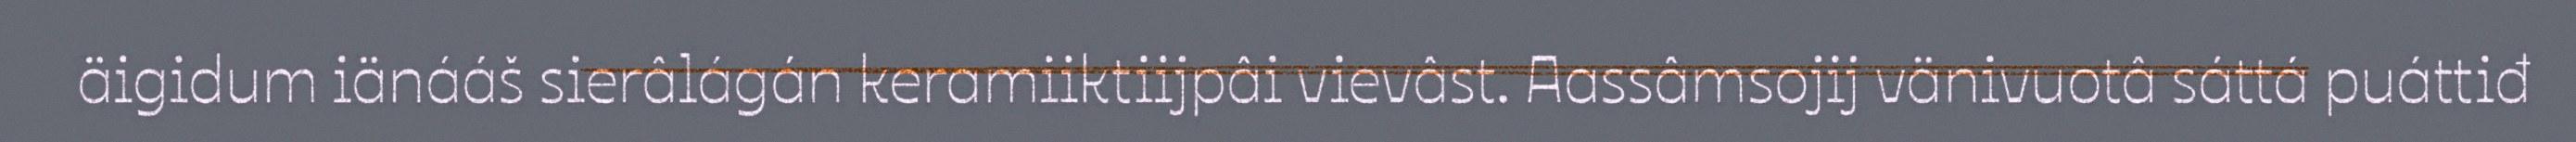
äigidum iänááš sierâlágán keramiiktiijpâi vievâst. Aassâmsojij vänivuotâ sáttá puáttiđ